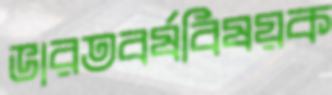
ভারতবর্ষবিষয়ক